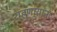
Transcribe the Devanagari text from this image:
राहणार्‍यांना